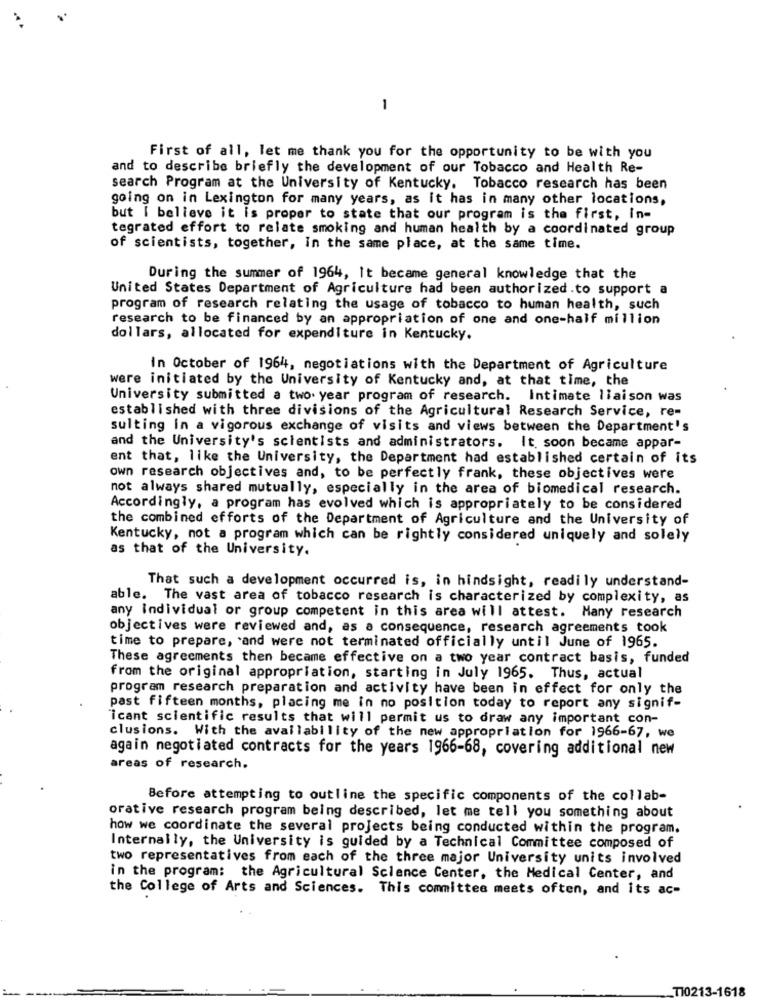
-
First of all, let me thank you for the opportunity to be with you
and to describe briefly the development of our Tobacco and Health Re-
search Program at the University of Kentucky. Tobacco research has been
going on in Lexington for many years, as it has in many other locations,
but I believe it is proper to state that our program is the first, in-
tegrated effort to relate smoking and human health by a coordinated group
of scientists, together, in the same place, at the same time.
During the summer of 1964, It became general knowledge that the
United States Department of Agriculture had been authorized.to support a
program of research relating the usage of tobacco to human health, such
research to be financed by an appropriation of one and one-half million
dollars, allocated for expenditure in Kentucky.
In October of 1964, negotiations with the Department of Agriculture
were initiated by the University of Kentucky and, at that time, the
University submitted a two. year program of research. Intimate liaison was
established with three divisions of the Agricultural Research Service, re-
sulting In a vigorous exchange of visits and views between the Department's
and the University's scientists and administrators. It soon became appar-
ent that, like the University, the Department had established certain of its
own research objectives and, to be perfectly frank, these objectives were
not always shared mutually, especially in the area of biomedical research.
Accordingly, a program has evolved which is appropriately to be considered
the combined efforts of the Department of Agriculture and the University of
Kentucky, not a program which can be rightly considered uniquely and solely
as that of the University.
That such a development occurred is, in hindsight, readily understand-
able. The vast area of tobacco research is characterized by complexity, as
any individual or group competent in this area will attest. Many research
objectives were reviewed and, as a consequence, research agreements took
time to prepare, and were not terminated officially until June of 1965.
These agreements then became effective on a two year contract basis, funded
from the original appropriation, starting in July 1965. Thus, actual
program research preparation and activity have been in effect for only the
past fifteen months, placing me in no position today to report any signif-
icant scientific results that will permit us to draw any important con-
clusions. With the availability of the new appropriation for 1966-67, we
again negotiated contracts for the years 1966-68, covering additional new
areas of research.
Before attempting to outline the specific components of the collab-
orative research program being described, let me tell you something about
how we coordinate the several projects being conducted within the program.
Internally, the University is guided by a Technical Committee composed of
two representatives from each of the three major University units involved
in the program: the Agricultural Science Center, the Medical Center, and
the College of Arts and Sciences. This committee meets often, and its ac-
_T10213-1618